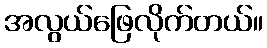
အလွယ်ဖြေလိုက်တယ်။